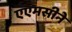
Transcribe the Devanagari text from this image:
एएमसीने